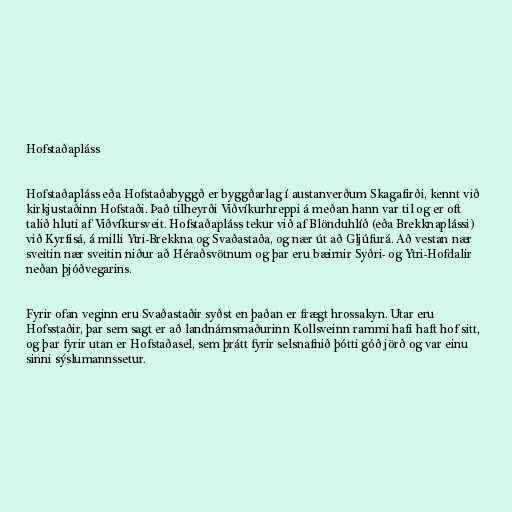
Hofstaðapláss

Hofstaðapláss eða Hofstaðabyggð er byggðarlag í austanverðum Skagafirði, kennt við
kirkjustaðinn Hofstaði. Það tilheyrði Viðvíkurhreppi á meðan hann var til og er oft
talið hluti af Viðvíkursveit. Hofstaðapláss tekur við af Blönduhlíð (eða Brekknaplássi)
við Kyrfisá, á milli Ytri-Brekkna og Svaðastaða, og nær út að Gljúfurá. Að vestan nær
sveitin nær sveitin niður að Héraðsvötnum og þar eru bæirnir Syðri- og Ytri-Hofdalir
neðan þjóðvegarins.

Fyrir ofan veginn eru Svaðastaðir syðst en þaðan er frægt hrossakyn. Utar eru
Hofsstaðir, þar sem sagt er að landnámsmaðurinn Kollsveinn rammi hafi haft hof sitt,
og þar fyrir utan er Hofstaðasel, sem þrátt fyrir selsnafnið þótti góð jörð og var einu
sinni sýslumannssetur.